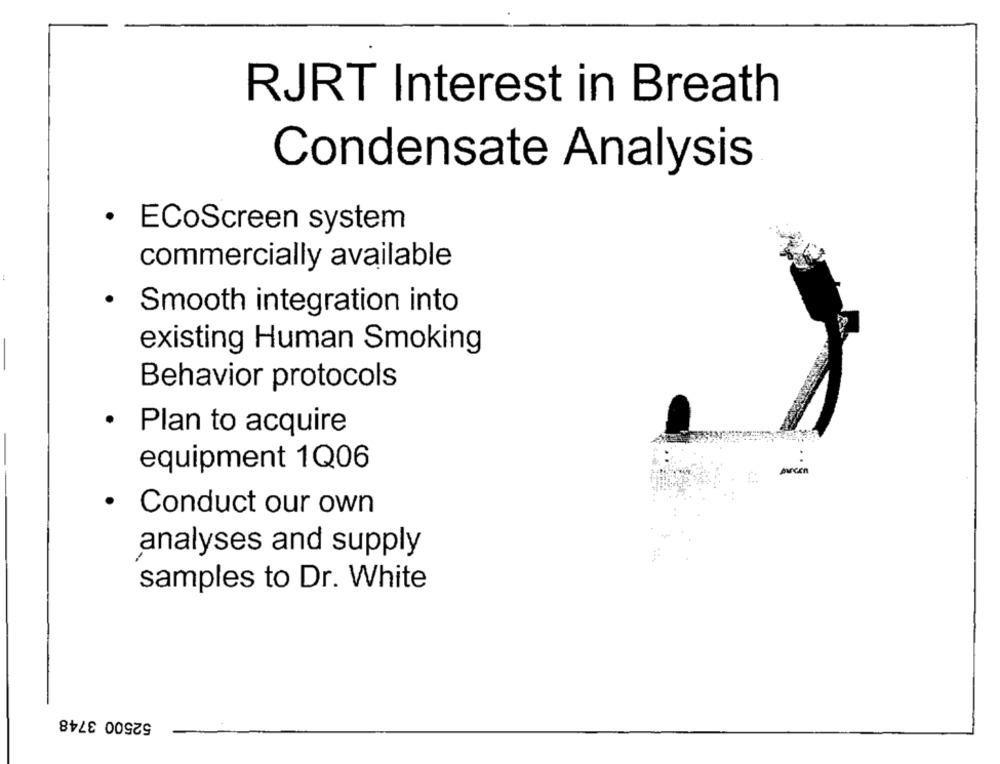
RJRT Interest in Breath
Condensate Analysis
· ECoScreen system
commercially available
· Smooth integration into
existing Human Smoking
Behavior protocols
.
Plan to acquire
equipment 1Q06
parcen
· Conduct our own
analyses and supply
samples to Dr. White
52500 3748